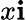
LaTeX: x\mathbf{i}